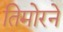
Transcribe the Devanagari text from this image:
तिमोरने